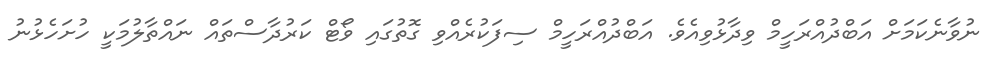
ނުވާނެކަމަށް އަބްދުއްރަހީމް ވިދާޅުވިއެވެ. އަބްދުއްރަހީމް ސިފަކުރެއްވި ގޮތުގައި ވޯޓް ކަރުދާސްތައް ނައްތާލުމަކީ ހުށަހެޅުނު